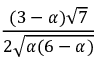
\frac { ( 3 - \alpha ) { \sqrt { 7 } } } { 2 { \sqrt { \alpha ( 6 - \alpha ) } } }